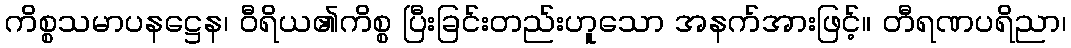
ကိစ္စသမာပနဋ္ဌေန၊ ဝီရိယ၏ကိစ္စ ပြီးခြင်းတည်းဟူသော အနက်အားဖြင့်။ တီရဏပရိညာ၊